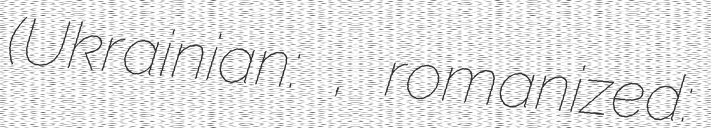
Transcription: (Ukrainian: сквот, romanized: